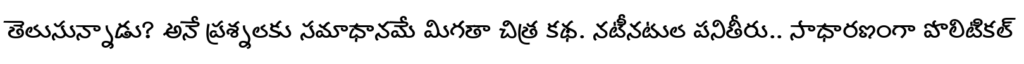
తెలుసున్నాడు? అనే ప్రశ్నలకు సమాధానమే మిగతా చిత్ర కథ. నటీనటుల పనితీరు.. సాధారణంగా పొలిటికల్